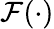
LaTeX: \mathcal{F}(\cdot)